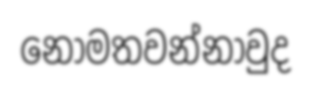
නොමතවන්නාවුද